Vaccination returns of the Province of Eastern Bengal and Assam - 1905-1912
Year: 1905
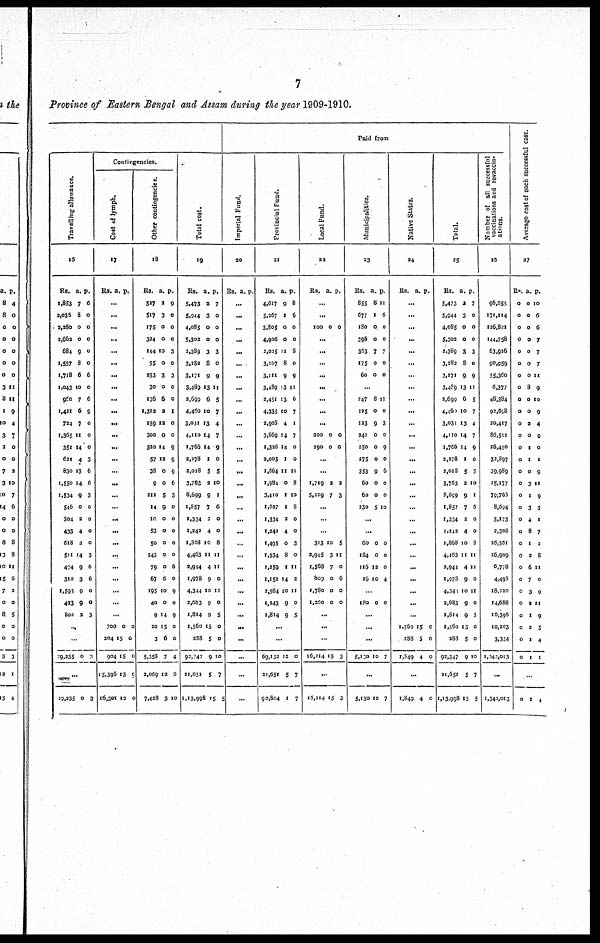
7
Province of Eastern, Bengal and Assam during the year 1909-1910.
Travelling allowance.
16
RS.
1,853
2,035
2,280
2,662
684
1,557
1,718
1,043
960
1,421
724
1,365
351
621
830
1,550
1,534
546
304
433
618
511
494
310
1,593
423
802
a.
7
8
0
0
9
8
6
10
7
6
7
11
14
4
13
14
9
0
2
4
2
14
9
3
9
9
2
p.
6
0
0
0
0
0
6
0
6
9
0
0
0
3
6
6
3
0
0
0
0
3
6
6
0
0
3
...
...
29,335 0 3
...
29,235 0 3
Contingencies.
Cost of lymph.
17
Rs. a. p.
...
...
...
...
...
...
...
...
...
...
...
...
...
...
...
...
...
...
...
...
...
...
...
...
...
...
...
700
204
904
15,396
16,301
0
15
15
13
12
0
0
0
9
0
Other contingencies.
18
Rs.
527
517
175
324
144
55
253
30
136
1,312
159
300
320
57
38
9
211
14
10
53
50
243
79
67
195
40
9
20
3
5,358
2,069
7,428
a.
2
3
0
0
10
0
3
0
6
2
12
0
14
12
0
0
5
9
0
0
0
0
0
6
10
0
14
15
6
7
12
3
p.
9
0
0
0
3
0
3
0
0
1
0
0
9
9
9
6
3
0
0
0
0
0
6
0
9
0
9
0
0
4
6
10
Total cost.
19
Rs.
5,473
5,944
4,085
5,302
2,389
3,282
3,171
3,489
2,690
4,460
3,031
4,110
1,766
2,278
2,018
3,763
8,699
1,857
1,334
1,242
1,868
4,463
2,914
1,978
4,344
2,683
1,814
1,560
238
92,247
21,651
1,13,998
a.
2
3
0
0
3
8
9
13
6
10
13
14
14
1
5
2
9
7
2
4
10
11
4
9
10
9
9
15
5
9
5
15
p.
7
0
0
0
3
0
9
11
5
7
4
7
9
0
5
10
1
6
0
0
8
11
11
0
11
0
5
0
0
10
7
5
Paid from
Imperial Fund.
20
Rs. a. p.
...
...
...
...
...
...
...
...
...
...
...
...
...
...
...
...
...
...
...
...
...
...
...
...
...
...
...
...
...
...
...
...
Provincial Fund.
21
Rs.
4,617
5,267
3,808
4,906
2,025
3,107
3,111
3,489
2,451
4,335
2,908
3,669
1,326
2,003
1,664
1,984
3,410
1,627
1,334
1,242
1,495
1,334
1,259
1,152
2,564
1,243
1,814
a.
9
1
0
0
11
8
9
13
13
10
4
14
14
1
11
0
1
1
2
4
0
8
1
14
10
9
9
p.
8
6
0
0
8
0
9
11
6
7
1
7
0
0
11
8
10
8
0
0
3
0
11
2
11
0
5
...
...
69,152
21,651
90,804
12
5
1
0
7
7
Local Fund.
22
Rs. a. p.
...
...
100 0 0
...
...
...
...
...
...
...
...
200
290
0
0
0
0
...
...
1,719
5,229
2
7
2
3
...
...
...
313
2,945
1,568
809
1,780
1,260
10
3
7
0
0
0
5
11
0
6
0
0
...
...
...
16,214 15 3
...
16,214 15 3
Municipalities.
23
Rs.
855
677
180
396
363
175
60
a.
8
1
0
0
7
0
0
p.
11
6
0
0
7
0
0
...
247
125
123
241
150
275
353
60
60
230
8
0
9
0
0
0
9
0
0
5
11
0
3
0
9
0
6
0
0
10
...
...
60
184
116
16
0
0
12
10
0
0
0
4
...
180 0 0
...
...
...
5,130 10 7
...
5,130 10 7
Native States.
24
Rs. a. p.
...
...
...
...
...
...
...
...
...
...
...
...
...
...
...
...
...
...
...
...
...
...
...
...
...
...
...
1,360
288
1,849
15
5
4
0
0
0
...
1,849 4 0
Total.
25
Rs.
5,473
5,944
4,085
5,302
2,389
3,282
3,171
3,489
2,699
4,460
3,031
4,110
1,766
2,278
2,018
3,763
8,699
1,857
1,334
1,242
1,868
4,463
2,944
1,978
4,344
2,683
1,814
1,560
283
92,347
21,651
1,13,998
a.
2
3
0
0
3
8
9
13
6
10
13
14
14
1
5
2
9
7
2
4
10
11
4
9
10
9
9
15
5
9
5
15
p.
7
0
0
0
3
0
9
11
5
7
4
7
9
0
5
10
1
6
0
0
8
11
11
0
11
0
5
0
0
10
7
5
Number of all successful
vaccinations and revaccin¬
ations.
26
96,655
171,114
126,821
144,758
63,926
90,959
55,360
6,377
48,384
92,698
20,417
86,501
26,450
32,897
39,989
15,177
79,768
8,694
5,173
2,308
26,561
26,909
6,778
4,498
18,220
14,688
16,396
10,203
3,334
1,341,013
...
1,342,013
Average cost of each successful case.
27
Rs.
0
0
0
0
0
0
0
0
0
0
0
0
0
0
0
0
0
0
0
0
0
0
0
0
0
0
0
0
0
0
a.
0
0
0
0
0
0
0
8
0
0
2
0
1
1
0
3
1
3
4
8
1
2
6
7
3
2
1
2
1
1
p.
10
6
6
7
7
7
11
9
10
9
4
9
0
1
9
11
9
5
1
7
2
8
11
0
9
11
9
5
4
1
0 1 4